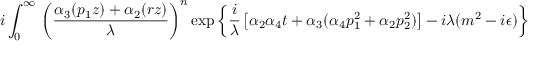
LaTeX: i \int _ { 0 } ^ { \infty } \, \left( \frac { \alpha _ { 3 } ( p _ { 1 } z ) + \alpha _ { 2 } ( r z ) } { \lambda } \right) ^ { n } \exp \left\{ \frac { i } { \lambda } \left[ \alpha _ { 2 } \alpha _ { 4 } t + \alpha _ { 3 } ( \alpha _ { 4 } p _ { 1 } ^ { 2 } + \alpha _ { 2 } p _ { 2 } ^ { 2 } ) \right] - i \lambda ( m ^ { 2 } - i \epsilon ) \right\} \frac { d \alpha _ { 2 } d \alpha _ { 3 } d \alpha _ { 4 } } { \lambda ^ { 2 } } \, .